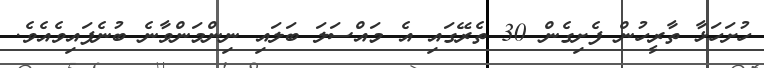
ހުށަހަޅާ ތާރީހުން ފެށިގެން 30 ތެރޭގައި އެ މައްސަލަ ބަލައި ނިންމަންވާނެ ބުނެފައިވެއެވެ.